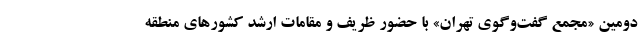
دومین «مجمع گفت‌وگوی تهران» با حضور ظریف و مقامات ارشد کشورهای منطقه